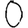
Digit: 0